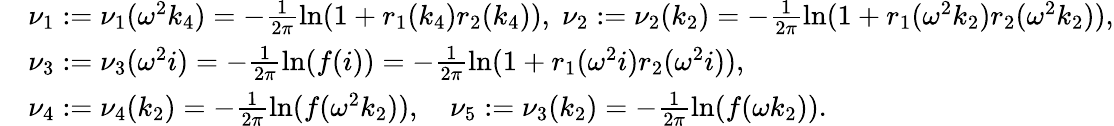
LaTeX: \begin{array}{rl}&{\nu_{1}:=\nu_{1}(\omega^{2}k_{4})=-\frac{1}{2\pi}\ln(1+r_{1}(k_{4})r_{2}(k_{4})),\; \nu_{2}:=\nu_{2}(k_{2})=-\frac{1}{2\pi}\ln(1+r_{1}(\omega^{2}k_{2})r_{2}(\omega^{2}k_{2})),}\\ &{\nu_{3}:=\nu_{3}(\omega^{2}i)=-\frac{1}{2\pi}\ln(f(i))=-\frac{1}{2\pi}\ln(1+r_{1}(\omega^{2}i)r_{2}(\omega^{2}i)),}\\ &{\nu_{4}:=\nu_{4}(k_{2})=-\frac{1}{2\pi}\ln(f(\omega^{2}k_{2})),\quad\nu_{5}:=\nu_{3}(k_{2})=-\frac{1}{2\pi}\ln(f(\omega k_{2})).}\end{array}